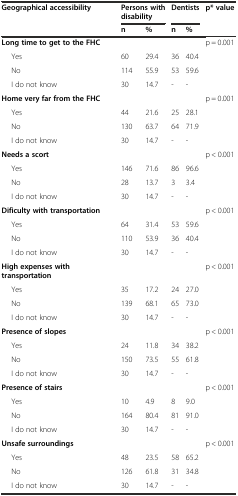
<table><thead><tr><td rowspan="2"><b>Geographical accessibility</b></td><td colspan="2"><b>Persons with disability</b></td><td colspan="2"><b>Dentists</b></td><td rowspan="2"><b>p* value</b></td></tr><tr><td><b>n</b></td><td><b>%</b></td><td><b>n</b></td><td><b>%</b></td></tr></thead><tbody><tr><td><b>Long time to get to the FHC</b></td><td></td><td></td><td></td><td></td><td>p = 0.001</td></tr><tr><td>Yes</td><td>60</td><td>29.4</td><td>36</td><td>40.4</td><td></td></tr><tr><td>No</td><td>114</td><td>55.9</td><td>53</td><td>59.6</td><td></td></tr><tr><td>I do not know</td><td>30</td><td>14.7</td><td>-</td><td>-</td><td></td></tr><tr><td><b>Home very far from the FHC</b></td><td></td><td></td><td></td><td></td><td>p = 0.001</td></tr><tr><td>Yes</td><td>44</td><td>21.6</td><td>25</td><td>28.1</td><td></td></tr><tr><td>No</td><td>130</td><td>63.7</td><td>64</td><td>71.9</td><td></td></tr><tr><td>I do not know</td><td>30</td><td>14.7</td><td>-</td><td>-</td><td></td></tr><tr><td><b>Needs a scort</b></td><td></td><td></td><td></td><td></td><td>p &lt; 0.001</td></tr><tr><td>Yes</td><td>146</td><td>71.6</td><td>86</td><td>96.6</td><td></td></tr><tr><td>No</td><td>28</td><td>13.7</td><td>3</td><td>3.4</td><td></td></tr><tr><td>I do not know</td><td>30</td><td>14.7</td><td>-</td><td>-</td><td></td></tr><tr><td><b>Dificulty with transportation</b></td><td></td><td></td><td></td><td></td><td>p &lt; 0.001</td></tr><tr><td>Yes</td><td>64</td><td>31.4</td><td>53</td><td>59.6</td><td></td></tr><tr><td>No</td><td>110</td><td>53.9</td><td>36</td><td>40.4</td><td></td></tr><tr><td>I do not know</td><td>30</td><td>14.7</td><td>-</td><td>-</td><td></td></tr><tr><td><b>High expenses with transportation</b></td><td></td><td></td><td></td><td></td><td>p &lt; 0.001</td></tr><tr><td>Yes</td><td>35</td><td>17.2</td><td>24</td><td>27.0</td><td></td></tr><tr><td>No</td><td>139</td><td>68.1</td><td>65</td><td>73.0</td><td></td></tr><tr><td>I do not know</td><td>30</td><td>14.7</td><td>-</td><td>-</td><td></td></tr><tr><td><b>Presence of slopes</b></td><td></td><td></td><td></td><td></td><td>p &lt; 0.001</td></tr><tr><td>Yes</td><td>24</td><td>11.8</td><td>34</td><td>38.2</td><td></td></tr><tr><td>No</td><td>150</td><td>73.5</td><td>55</td><td>61.8</td><td></td></tr><tr><td>I do not know</td><td>30</td><td>14.7</td><td>-</td><td>-</td><td></td></tr><tr><td><b>Presence of stairs</b></td><td></td><td></td><td></td><td></td><td>p &lt; 0.001</td></tr><tr><td>Yes</td><td>10</td><td>4.9</td><td>8</td><td>9.0</td><td></td></tr><tr><td>No</td><td>164</td><td>80.4</td><td>81</td><td>91.0</td><td></td></tr><tr><td>I do not know</td><td>30</td><td>14.7</td><td>-</td><td>-</td><td></td></tr><tr><td><b>Unsafe surroundings</b></td><td></td><td></td><td></td><td></td><td>p &lt; 0.001</td></tr><tr><td>Yes</td><td>48</td><td>23.5</td><td>58</td><td>65.2</td><td></td></tr><tr><td>No</td><td>126</td><td>61.8</td><td>31</td><td>34.8</td><td></td></tr><tr><td>I do not know</td><td>30</td><td>14.7</td><td>-</td><td>-</td><td></td></tr></tbody></table>